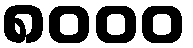
၈၀၀၀